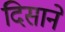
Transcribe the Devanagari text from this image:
दिसाने